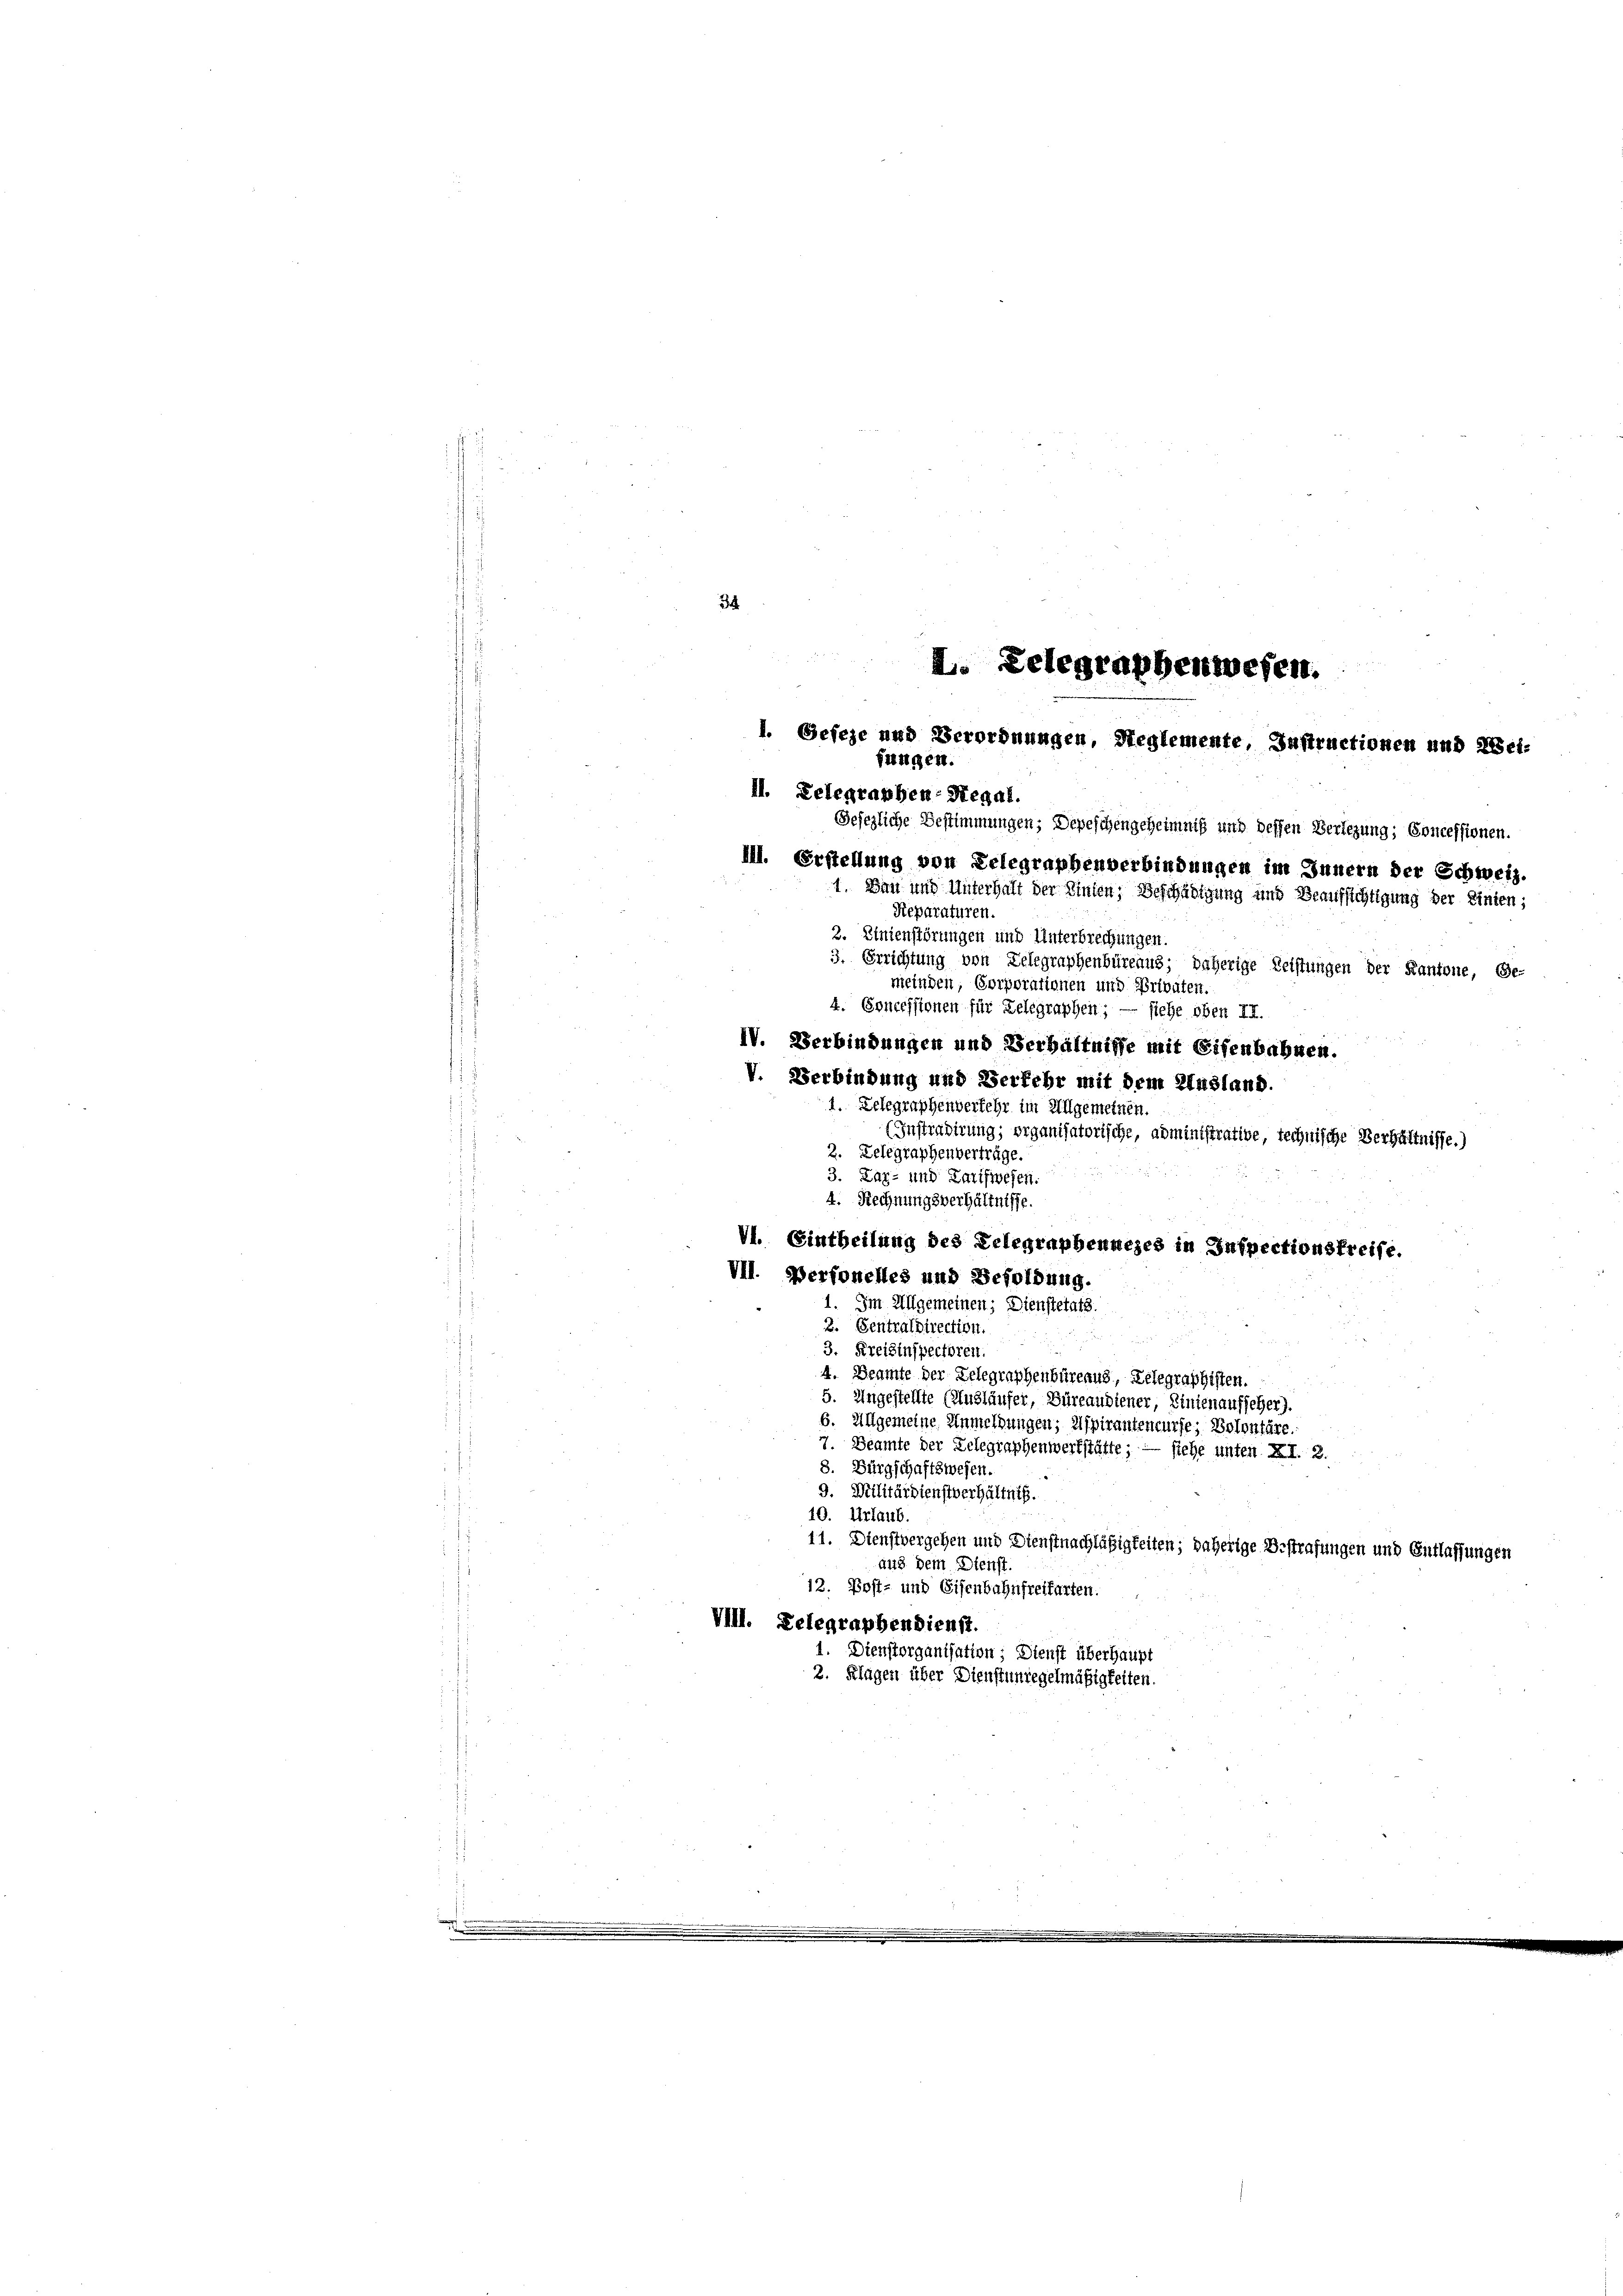
2

I. Gelegraphenwesen.
l. Geseze und Verordnungen, Reglemente, Instructionen und 28ei-
fängen.
II. Delegraphen-Regal.
Gesezliche Bestimmungen; Depeschengeheimnis und dessen Verlegung; Concessionen.
Ill. Erstellung von Delegraphenverbindungen im Innern der Schweiz.
1. Bau und Unterhalt der Linien, Beschädigung und Beaufsichtigung der Einten;

Reparaturen.
2. Linienstörungen und Unterbrechungen.
3. Errichtung von Delegraphenbüreaus; daherige Leistungen der Kantone, Ge-
meinden, Corporationen und Privaten.
4. Concessionen für Zelegraphen; — siehe oben II.
IV. Verbindungen und Verhältnisse mit Eisenbahnen.
V. Verbindung und Verkehr mit dem Ausland.
1. Lelegraphenverkehr im Allgemeinen.
(Instradirung; organisatorische, administrative, technische Verhältnisse.)
2. Delegraphenverträge.
3. Zaz- und Zaiswesen.
4. Rechnungsverhältnisse.
VI. Eintheilung des Telegraphennezes in Inspectionsfreise.
VII. Perfonelles und Besoldung.
1. Im Allgemeinen; Dienstetats.
2. Sentraldirection.

3. Kreisinspectoren.
4. Beamte der Gelegraphenbureaus, Belegraphisten.
5. Angestellte (Ausläufer, Büreaudiener, Linienaufseher).
6. Allgemeine Anmeldungen; Aspirantenwurfe; Solontäre.
7. Beamte der Zelegraphenwerkstätte; — siehe unten XI. 2.
8. Bürgschaftswesen.
9. Militärdienstverhältnis.
10. Urlaub.
11. Dienstvergehen und Dienstnachläßigkeiten; daherige Bestrafungen und Entlassungen
aus dem Dienst.
12. Post- und Eisenbahnfreifarten.
VIII. Delegraphendienst.
1. Dienstorganisation; Dienst überhaupt
2. Klagen über Dienstunregelmäßigkeiten.